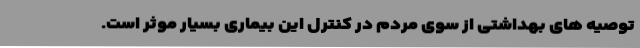
توصیه های بهداشتی از سوی مردم در کنترل این بیماری بسیار موثر است.